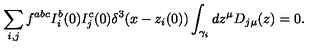
\sum _ { i , j } f ^ { a b c } I _ { i } ^ { b } ( 0 ) I _ { j } ^ { c } ( 0 ) \delta ^ { 3 } ( x - z _ { i } ( 0 ) ) \int _ { \gamma _ { i } } d z ^ { \mu } D _ { j \mu } ( z ) = 0 .